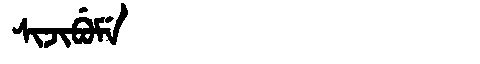
Manchu: ᠰᡳᠵᡳᠪᡠᠮᡝ
Romanization: SIJIBUME